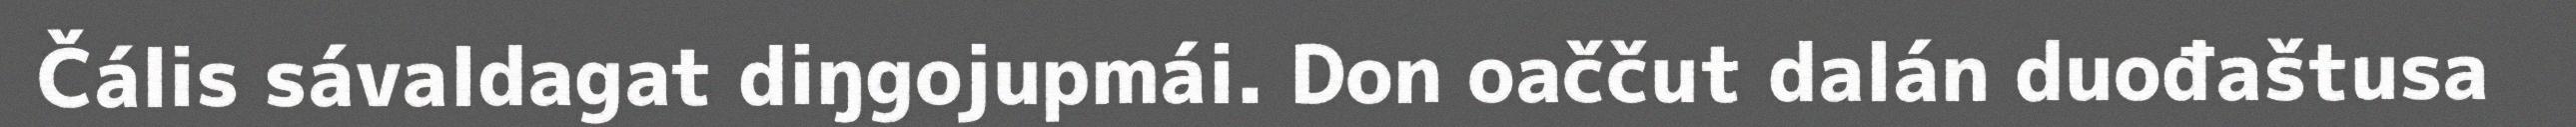
Čális sávaldagat diŋgojupmái. Don oaččut dalán duođaštusa